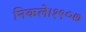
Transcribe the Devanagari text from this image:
निकले।१९०७